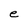
Character: e